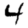
Digit: 4